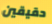
حقيقين